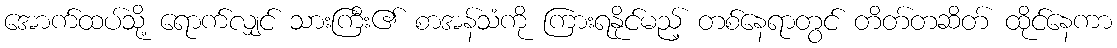
အောက်ထပ်သို့ ရောက်လျှင် သားကြီး၏ စာအန်သံကို ကြားရနိုင်မည့် တစ်နေရာတွင် တိတ်တဆိတ် ထိုင်နေကာ